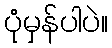
ပုံမှန်ပါပဲ။